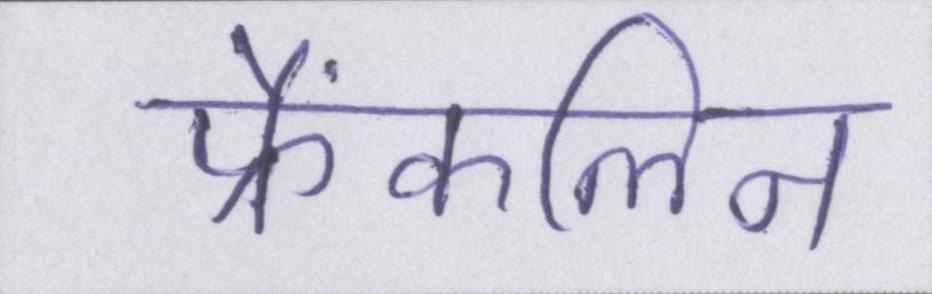
फ्रैंकलिन